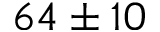
6 4 \pm 1 0